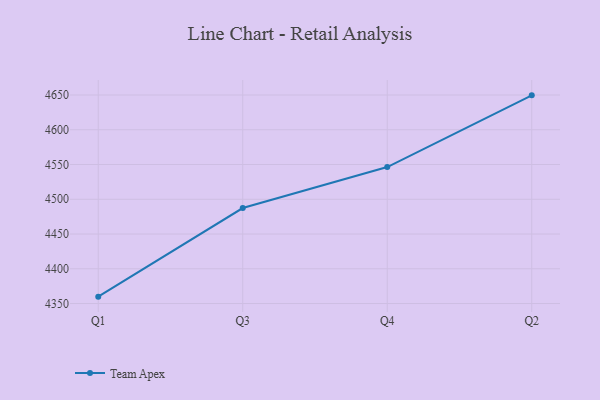
{"axis": {"x": "Quarter", "y": "Market Share (%)"}, "legend": ["Team Apex"], "data": [{"x": "Q1", "y": 4359.9, "type": "Team Apex"}, {"x": "Q3", "y": 4487.4, "type": "Team Apex"}, {"x": "Q4", "y": 4546.3, "type": "Team Apex"}, {"x": "Q2", "y": 4649.5, "type": "Team Apex"}]}